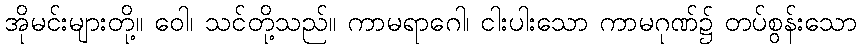
အိုမင်းများတို့။ ဝေါ၊ သင်တို့သည်။ ကာမရာဂေါ၊ ငါးပါးသော ကာမဂုဏ်၌ တပ်စွန်းသော